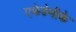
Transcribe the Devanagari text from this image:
एकेडेमीके